King Institute of Preventive Medicine Bacteriolog. Section reports 1907-08
Year: 1907
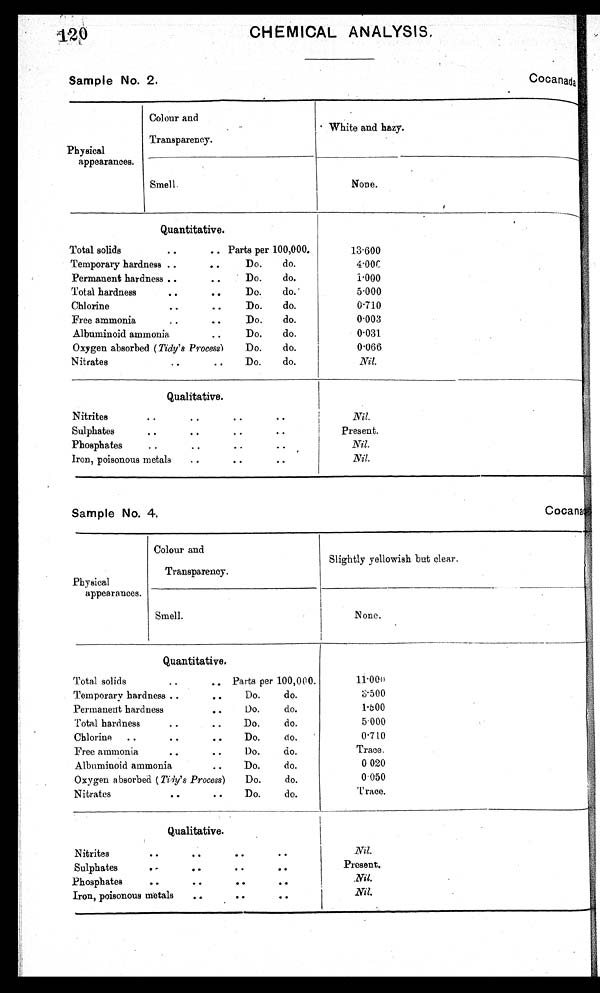
120
CHEMICAL ANALYSIS,
Sample No. 2.
Cocanada
Physical
appearances.
Colour and
Transparency.
White and hazy.
-
Smell.
None.
,
Quantitative.
Total solids
. . .. Parts per
Temporary hardness ..
. . Do.
Permanent hardness ..
. . . Do.
Total hardness
. . . . Do.
Chlorine
. . .. Do.
Free ammonia
..
. . Do.
Albuminoid ammonia..
Oxygen absorbed (Tidy's Process)
Do.
Nitrates..
.
100,000.
do.
do.
do.'
do.
do.
do.
do.
do.
13.600
4.000
1.000
5.000
0.710
0.003
0.031
0.066
Nil.
Qualitative.
.
Nitrites..
. . .
Sulphates
. . . . . . . .
Phosphates
. . . .
.
. . .
Iron, poisonous metals
..
. . . .
.
.
Nil.
Present.
Nil.
Nil.
Sample No. 4.
Cocan
"
Physical
appearances.
Colour and
Transparency.
Slightly yellowish but clear.
Smell.
None.
Quantitative.
Total solids
..
.. Parts per
Temporary hardness ..Do.
. .
Permanent hardness..
Total hardness
. .Do. . .
Chlorine ..
. . . . Do.
Free ammonia
. . 1)o. . .
Albuminoid ammonia
. . Do.
Oxygen absorbed (Tidy's Process)
Do.
Nitrates
..
. . Do.
100,000.
do.
do.
do.
do.
do.
do.
do.
do.
1 1 . 0 0 0
Qualitative.
Nitrites
. . . . .. ..
Sulphates
. -
. . .. ..
Phosphates
..
. . . . . .
Iron, poisonous metals
... .
. .
Nil.
Present.
Nil.
Nil.